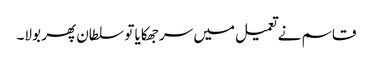
قاسم نے تعمیل میں سر جھکایا تو سلطان پھر بولا۔